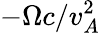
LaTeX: -\Omega c/v_{A}^{2}